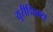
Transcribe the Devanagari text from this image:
यूरीद्मिक्स